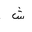
Letter: _shin